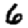
Digit: 6